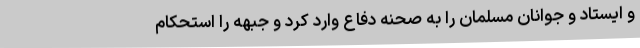
و ایستاد و جوانان مسلمان را به صحنه دفاع وارد کرد و جبهه را استحکام